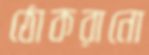
ঠোকরানো